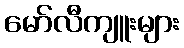
မော်လီကျူးများ